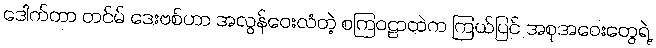
ဒေါက်တာ တင်မ် ဒေးဗစ်ဟာ အလွန်ဝေးလံတဲ့ စကြဝဠာထဲက ကြယ်ပြင် အစုအဝေးတွေရဲ့